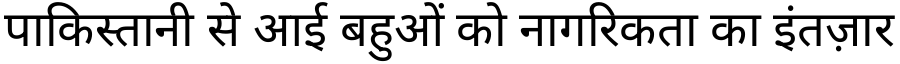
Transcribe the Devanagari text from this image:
पाकिस्तानी से आई बहुओं को नागरिकता का इंतज़ार